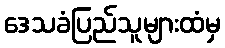
ဒေသခံပြည်သူများထံမှ